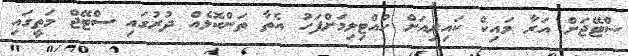
ސްޓޭޖަށް އަރާ މައިކް ކައިރިއަށް ހުއްޓިލިމަށްފަހު އެތާ ތަންކޮޅެއް ދުރުގައި ސްޓޭޖް މަތީގައި